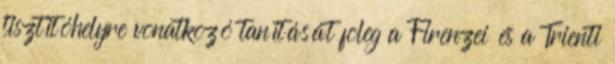
tisztítóhelyre vonatkozó tanítását fõleg a Firenzei és a Trienti